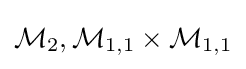
{\mathcal {M}}_{2},{\mathcal {M}}_{1,1}\times {\mathcal {M}}_{1,1}